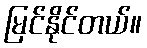
မြင်နိုင်တယ်။